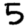
Digit: 5